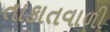
તાકાતવાળી